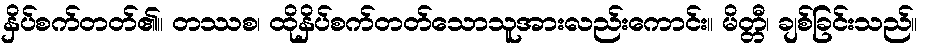
နှိပ်စက်တတ်၏။ တဿစ၊ ထိုနှိပ်စက်တတ်သောသူအားလည်းကောင်း။ မိတ္တီ၊ ချစ်ခြင်းသည်။